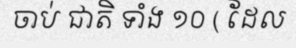
ចាប់ ជាតិ ទាំង ១០ ( ដែល